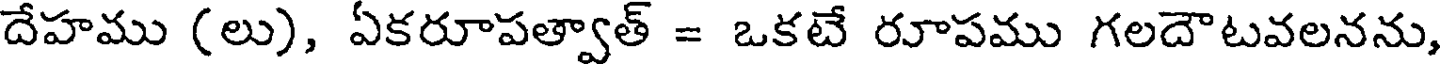
దేహము (లు), ఏకరూపత్వాత్ = ఒకటే రూపము గలదౌటవలనను,